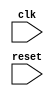
module spi_controller (
  input wire clk,
  input wire reset,
  // Additional inputs and outputs for SPI communication
  
  // Timing control and synchronization modules
  
  // Generate clock signals
  
  // Data transfer timing control
  
  // Synchronize data transmissions
  
  // Communication protocols for SPI communication
  
);

// Verilog code for Timing control and synchronization blocks SPI bus controller

// Define modules for generating clock signals, controlling data transfer timing,
// synchronizing data transmissions, and handling communication protocols for SPI communication

endmodule